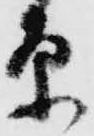
原